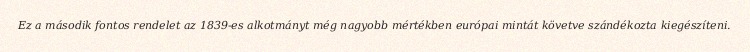
Ez a második fontos rendelet az 1839-es alkotmányt még nagyobb mértékben európai mintát követve szándékozta kiegészíteni.